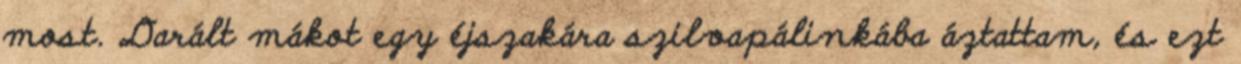
most. Darált mákot egy éjszakára szilvapálinkába áztattam, és ezt